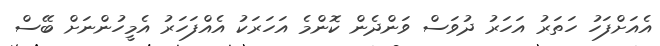
އެއަށްފަހު ހަތަރު އަހަރު ދުވަސް ވަންދެން ކޮންމެ އަހަރަކު އެއްފަހަރު އެމީހުންނަށް ބޭސް